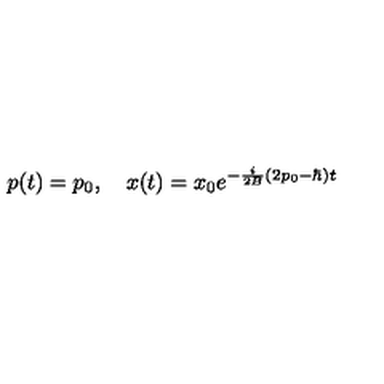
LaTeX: p ( t ) = p _ { 0 } , \quad x ( t ) = x _ { 0 } e ^ { - { \frac { i } { 2 B } } ( 2 p _ { 0 } - \hbar ) t }